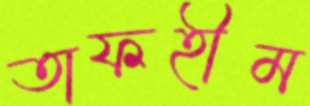
তাফহীম